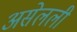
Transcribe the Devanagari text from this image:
असेलली